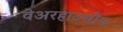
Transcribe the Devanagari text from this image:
वेअरहाउसींग